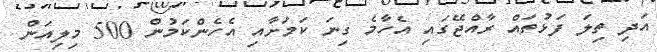
އަދި ތިލަ ފަޅުތައް ރާއްޖޭގައި އެހާމެ ގިނަ ކަމަށާއި އެހެންކަމުން 500 މިލިއަން